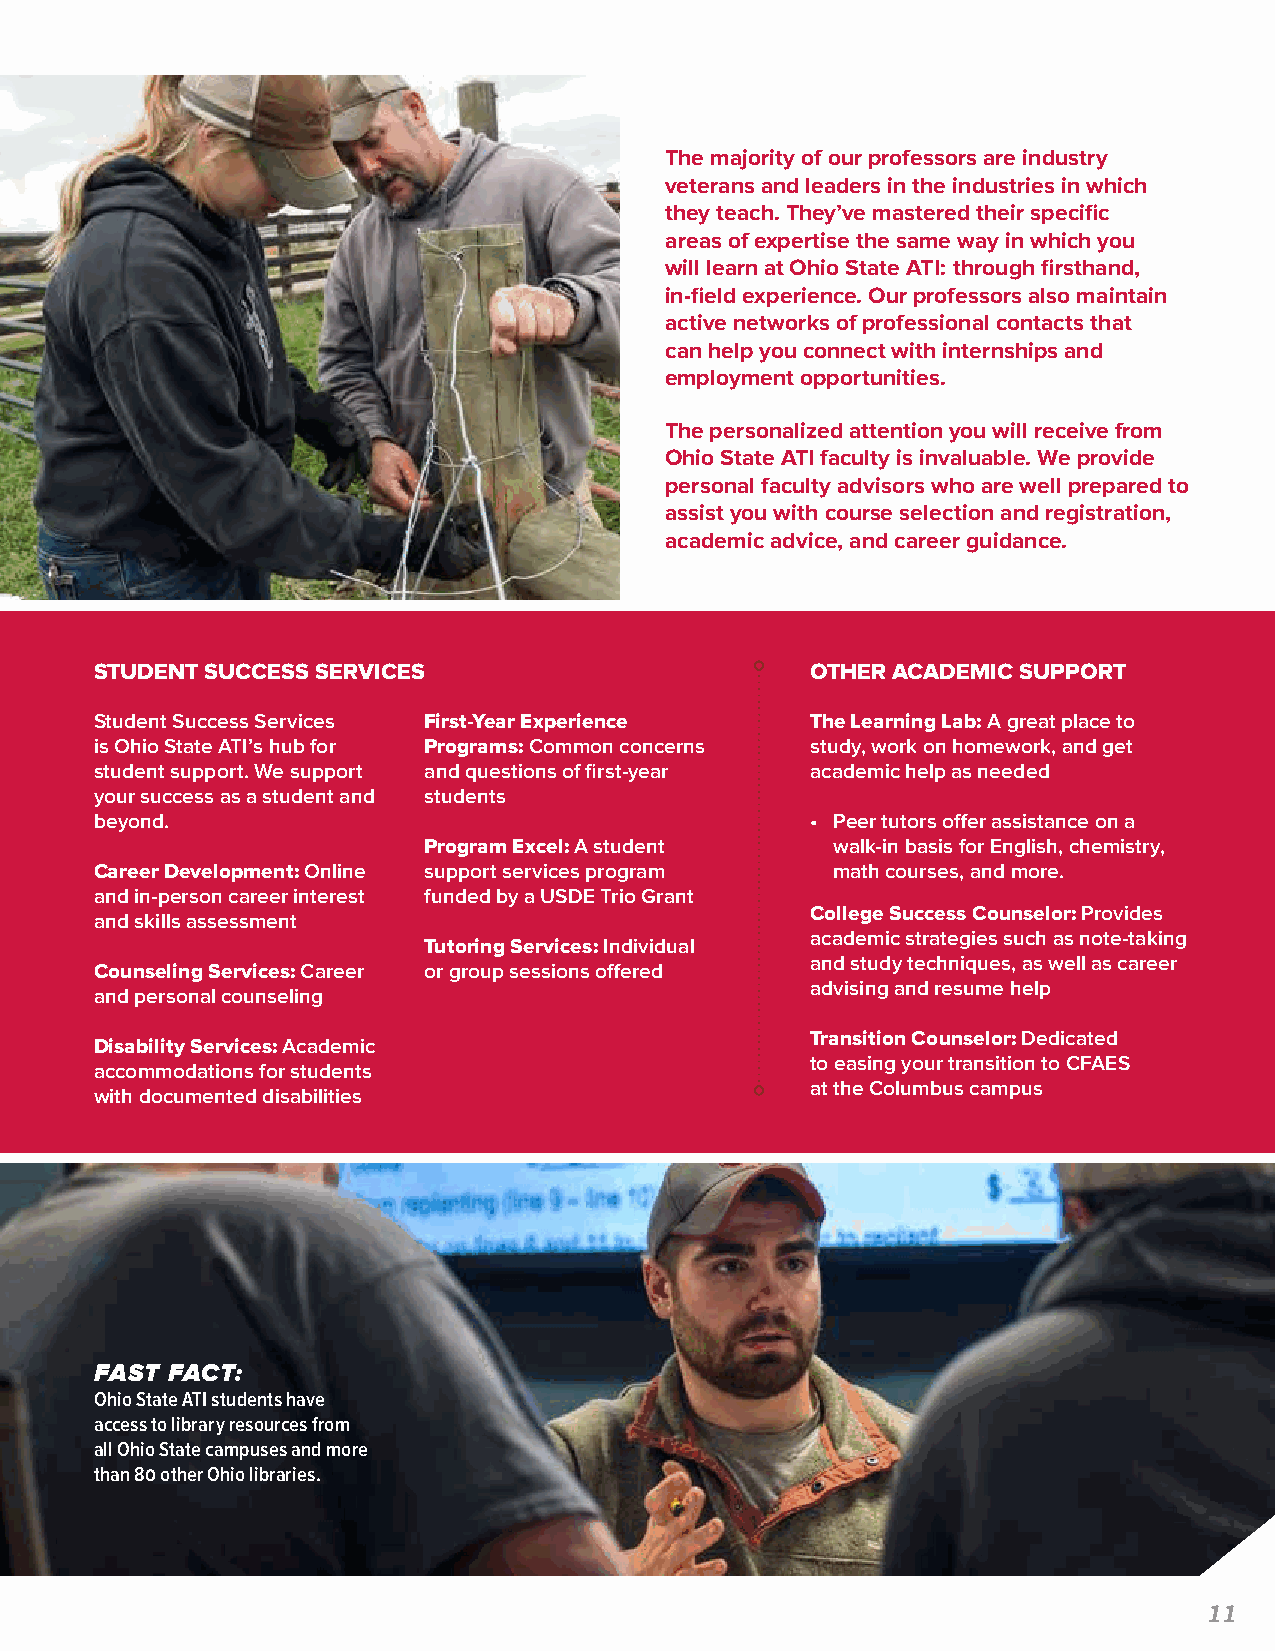
The majority of our professors are industry
 veterans and leaders in the industries in which
 they teach. They’ve mastered their specific
 areas of expertise the same way in which you
 will learn at Ohio State ATI: through firsthand,
 in-field experience. Our professors also maintain
 active networks of professional contacts that
 can help you connect with internships and
 employment opportunities.
 The personalized attention you will receive from
 Ohio State ATI faculty is invaluable. We provide
 personal faculty advisors who are well prepared to
 assist you with course selection and registration,
 academic advice, and career guidance.
 STUDENT SUCCESS SERVICES                        OTHER ACADEMIC SUPPORT
 Student Success Services First-Year Experience  The Learning Lab: A great place to
 is Ohio State ATI’s hub for Programs: Common concerns study, work on homework, and get
 student support. We support and questions of first-year academic help as needed
 your success as a student and students
 beyond.                                         • Peer tutors offer assistance on a
 Program Excel: A student   walk-in basis for English, chemistry,
 Career Development: Online support services program math courses, and more.
 and in-person career interest funded by a USDE Trio Grant
 College Success Counselor: Provides
 and skills assessment
 academic strategies such as note-taking
 Tutoring Services: Individual
 and study techniques, as well as career
 Counseling Services: Career or group sessions offered
 advising and resume help
 and personal counseling
 Transition Counselor: Dedicated
 Disability Services: Academic
 to easing your transition to CFAES
 accommodations for students
 at the Columbus campus
 with documented disabilities
 FAST FACT:
 Ohio State ATI students have
 access to library resources from
 all Ohio State campuses and more
 than 80 other Ohio libraries.
 11